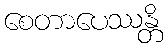
စေတာပေဿန္တိ